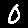
Digit: 0